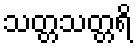
သတ္တသတ္တရိ